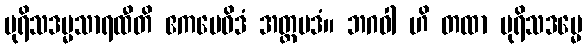
ပုရိသဒမ္မသာရထီတိ ဧကမေဝိဒံ အတ္ထပဒံ။ ဘဂဝါ ဟိ တထာ ပုရိသဒမ္မေ